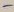
Text: -